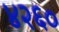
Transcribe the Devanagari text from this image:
४२६०